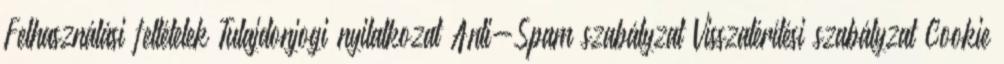
Felhasználási feltételek Tulajdonjogi nyilatkozat Anti-Spam szabályzat Visszatérítési szabályzat Cookie